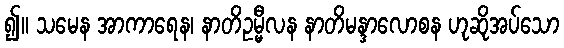
၍။ သမေန အာကာရေန၊ နာတိဥမ္မီလန နာတိမန္ဒာလောစန ဟုဆိုအပ်သော